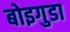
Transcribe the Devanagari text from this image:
बोइगुडा